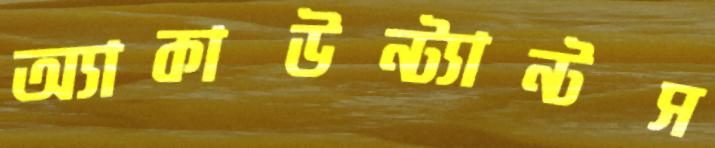
অ্যাকাউন্ট্যান্টস